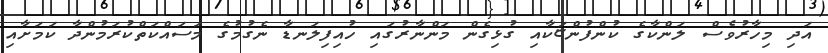
އަދި މިހާރުވެސް ލަންކާގެ ކުންފުންޏަކާއި ގުޅިގެން މަންނާރުގައި ހުއިފިލަނޑާ ނެގުމުގެ މަސައްކަތްކުރަމުންދާ ކަމަށާއި